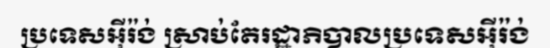
ប្រទេសអ៊ីរ៉ង់ ស្រាប់តែរដ្ឋាភិបាលប្រទេសអ៊ីរ៉ង់